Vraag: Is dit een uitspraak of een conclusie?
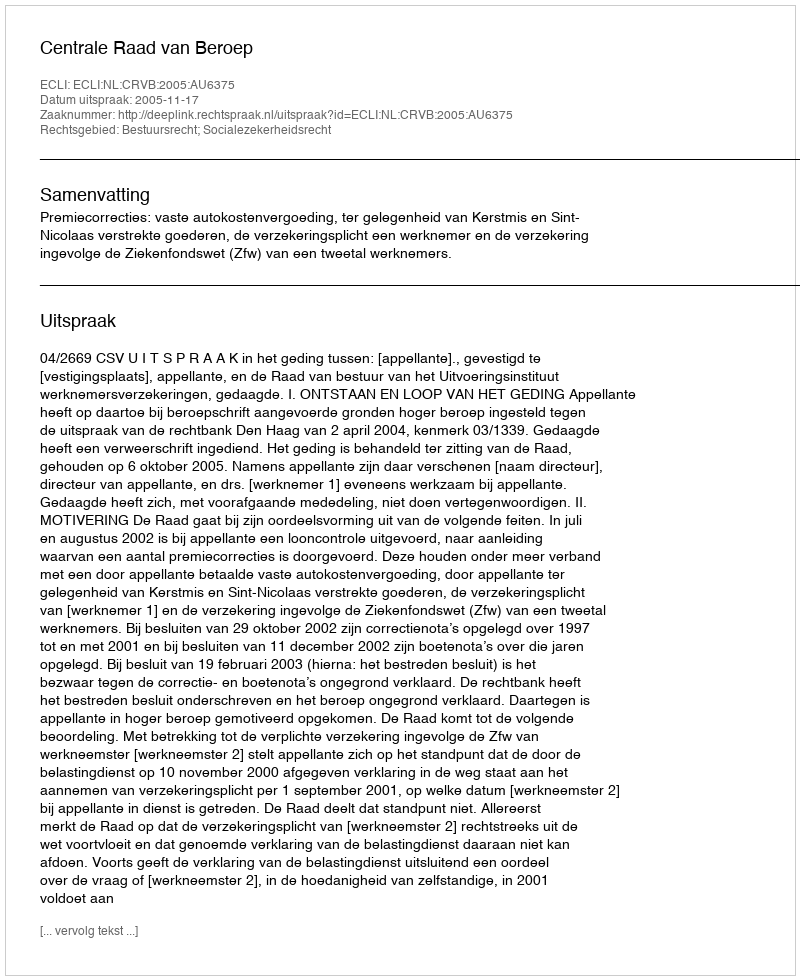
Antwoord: Uitspraak